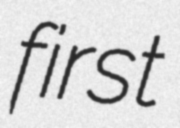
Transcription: first